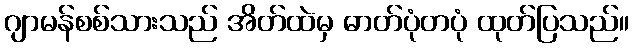
ဂျာမန်စစ်သားသည် အိတ်ထဲမှ ဓာတ်ပုံတပုံ ထုတ်ပြသည်။